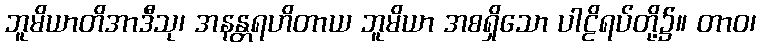
ဘူမိယာတိအာဒီသု၊ အနန္တရဟိတာယ ဘူမိယာ အစရှိသော ပါဠိရပ်တို့၌။ တာဝ၊